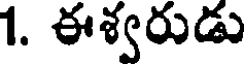
1. ఈశ్వరుడు